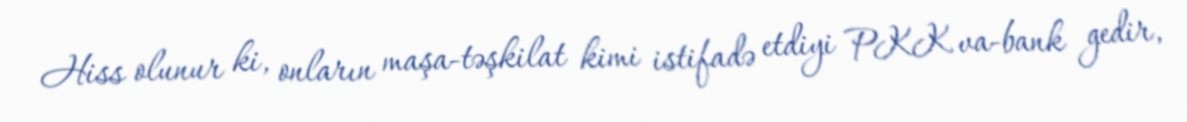
Hiss olunur ki, onların maşa-təşkilat kimi istifadə etdiyi PKK va-bank gedir,